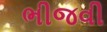
ભીજવી